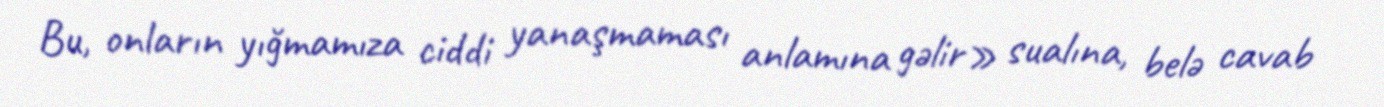
Bu, onların yığmamıza ciddi yanaşmaması anlamına gəlir» sualına, belə cavab